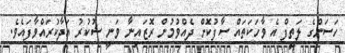
ހަސަންގެ ލަތީފް އެ ވާހަކަތައް ސާފުކޮށް ދެއްވުމުން ރޮޒައިނާ ވަނީ ޝުކުރު އަދާކުރައްވާފައެވެ.